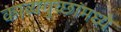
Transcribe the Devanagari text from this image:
काव्यगुच्छांमध्ये